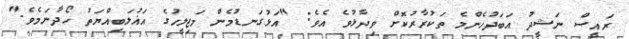
ރައީސް ނަޝީދު އަބަދުހެންމެ ތަކުރާރުކޮށް ވިދާޅުވެ އެވެ: "އަޅުގަނޑުމެން މަޖިލީހުގެ އަޣުލަބިއްޔަތު ހޯދާނަމެވެ."